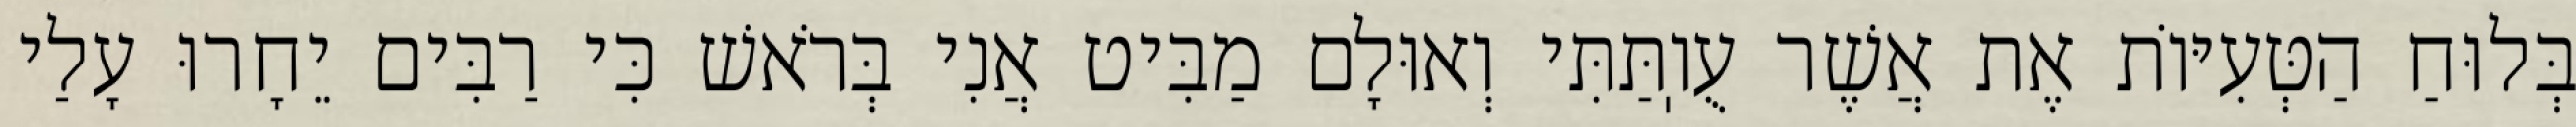
בְּלוּחַ הַטְּעִיּוֹת אֶת אֲשֶׁר עֻוֽתַּתִּי וְאוּלָם מַבִּיט אֲנִי בְּרֹאשׁ כִּי רַבִּים יֵחָרוּ עָלַי